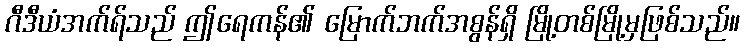
ဂီဒီယံအက်ရ်သည် ဤရေကန်၏ မြောက်ဘက်အစွန်ရှိ မြို့တစ်မြို့မှဖြစ်သည်။